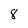
Character: 8